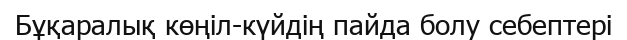
Бұқаралық көңіл-күйдің пайда болу себептері